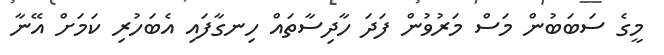
މީގެ ސަބަބުން މަސް މަރުވުން ފަދަ ހާދިސާތައް ހިނގާފައި އެބަހުރި ކަމަށް އޭނާ